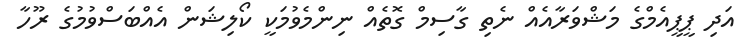
އަދި ޕީޕީއެމްގެ މަޝްވަރާއެއް ނެތި ގާސިމް ގޮތެއް ނިންމެވުމަކީ ކޯލިޝަން އެއްބަސްވުމުގެ ރޫހާ